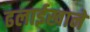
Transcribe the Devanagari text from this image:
ढलाईखाने